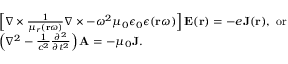
\begin{array} { r l } & { \left[ \nabla \times \frac { 1 } { \mu _ { r } ( \mathbf { r } \omega ) } \nabla \times - \omega ^ { 2 } \mu _ { 0 } \epsilon _ { 0 } \epsilon ( \mathbf { r } \omega ) \right] \mathbf { E } ( \mathbf { r } ) = - e \mathbf { J } ( \mathbf { r } ) , \mathrm { ~ o r ~ } } \\ & { \left( \nabla ^ { 2 } - \frac { 1 } { c ^ { 2 } } \frac { \partial ^ { 2 } } { \partial t ^ { 2 } } \right) \mathbf { A } = - \mu _ { 0 } \mathbf { J } . } \end{array}